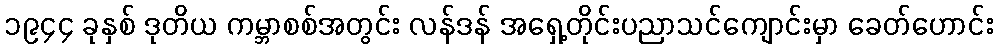
၁၉၄၄ ခုနှစ် ဒုတိယ ကမ္ဘာစစ်အတွင်း လန်ဒန် အရှေ့တိုင်းပညာသင်ကျောင်းမှာ ခေတ်ဟောင်း